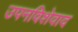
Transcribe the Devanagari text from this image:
उपनविशेवाद